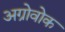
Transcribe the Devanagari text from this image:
अग्रोवोक